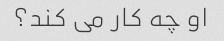
او چه کار می کند؟